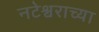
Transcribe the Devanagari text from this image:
नटेश्वराच्या